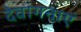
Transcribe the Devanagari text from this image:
देवांगनाएं